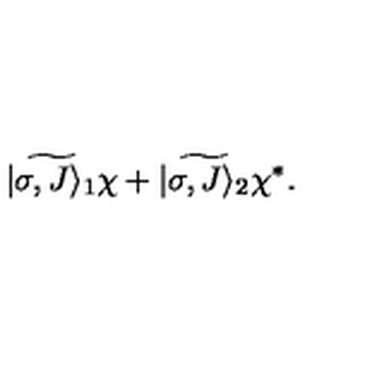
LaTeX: \widetilde { | \sigma , J \rangle _ { 1 } } \chi + \widetilde { | \sigma , J \rangle _ { 2 } } \chi ^ { * } .